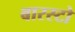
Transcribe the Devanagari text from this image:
बारस्टो